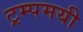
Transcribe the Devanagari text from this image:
ट्रम्पमयी